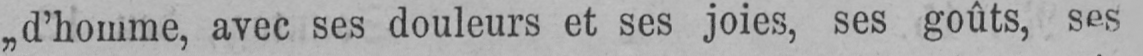
„d’homme, avec ses douleurs et ses joies, ses goûts, ses